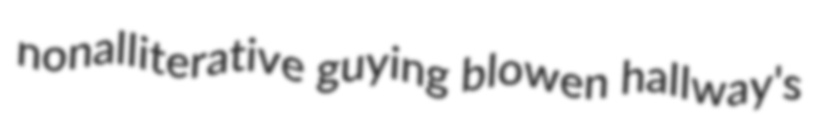
nonalliterative guying blowen hallway's